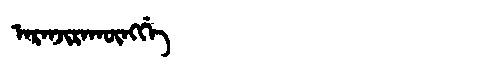
Manchu: ᠠᡵᠠᠨᠵᡳᡵᠠᡴᡡᠩᡤᡝ
Romanization: ARANJIRAKŪNGGE